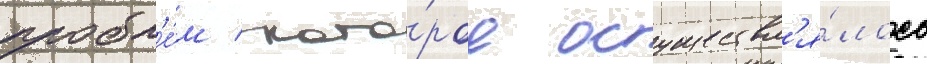
пробл'е́м / кото́рое осуществл'я́лось